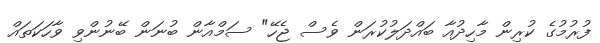
ފުރުމުގެ ކުރިން މާހިދުއާ ބައްދަލުކުރަން ވެސް ޖެހޭ" ސަމްއާން ބުނަން ބޭނުންވި ވާހަކަތައް